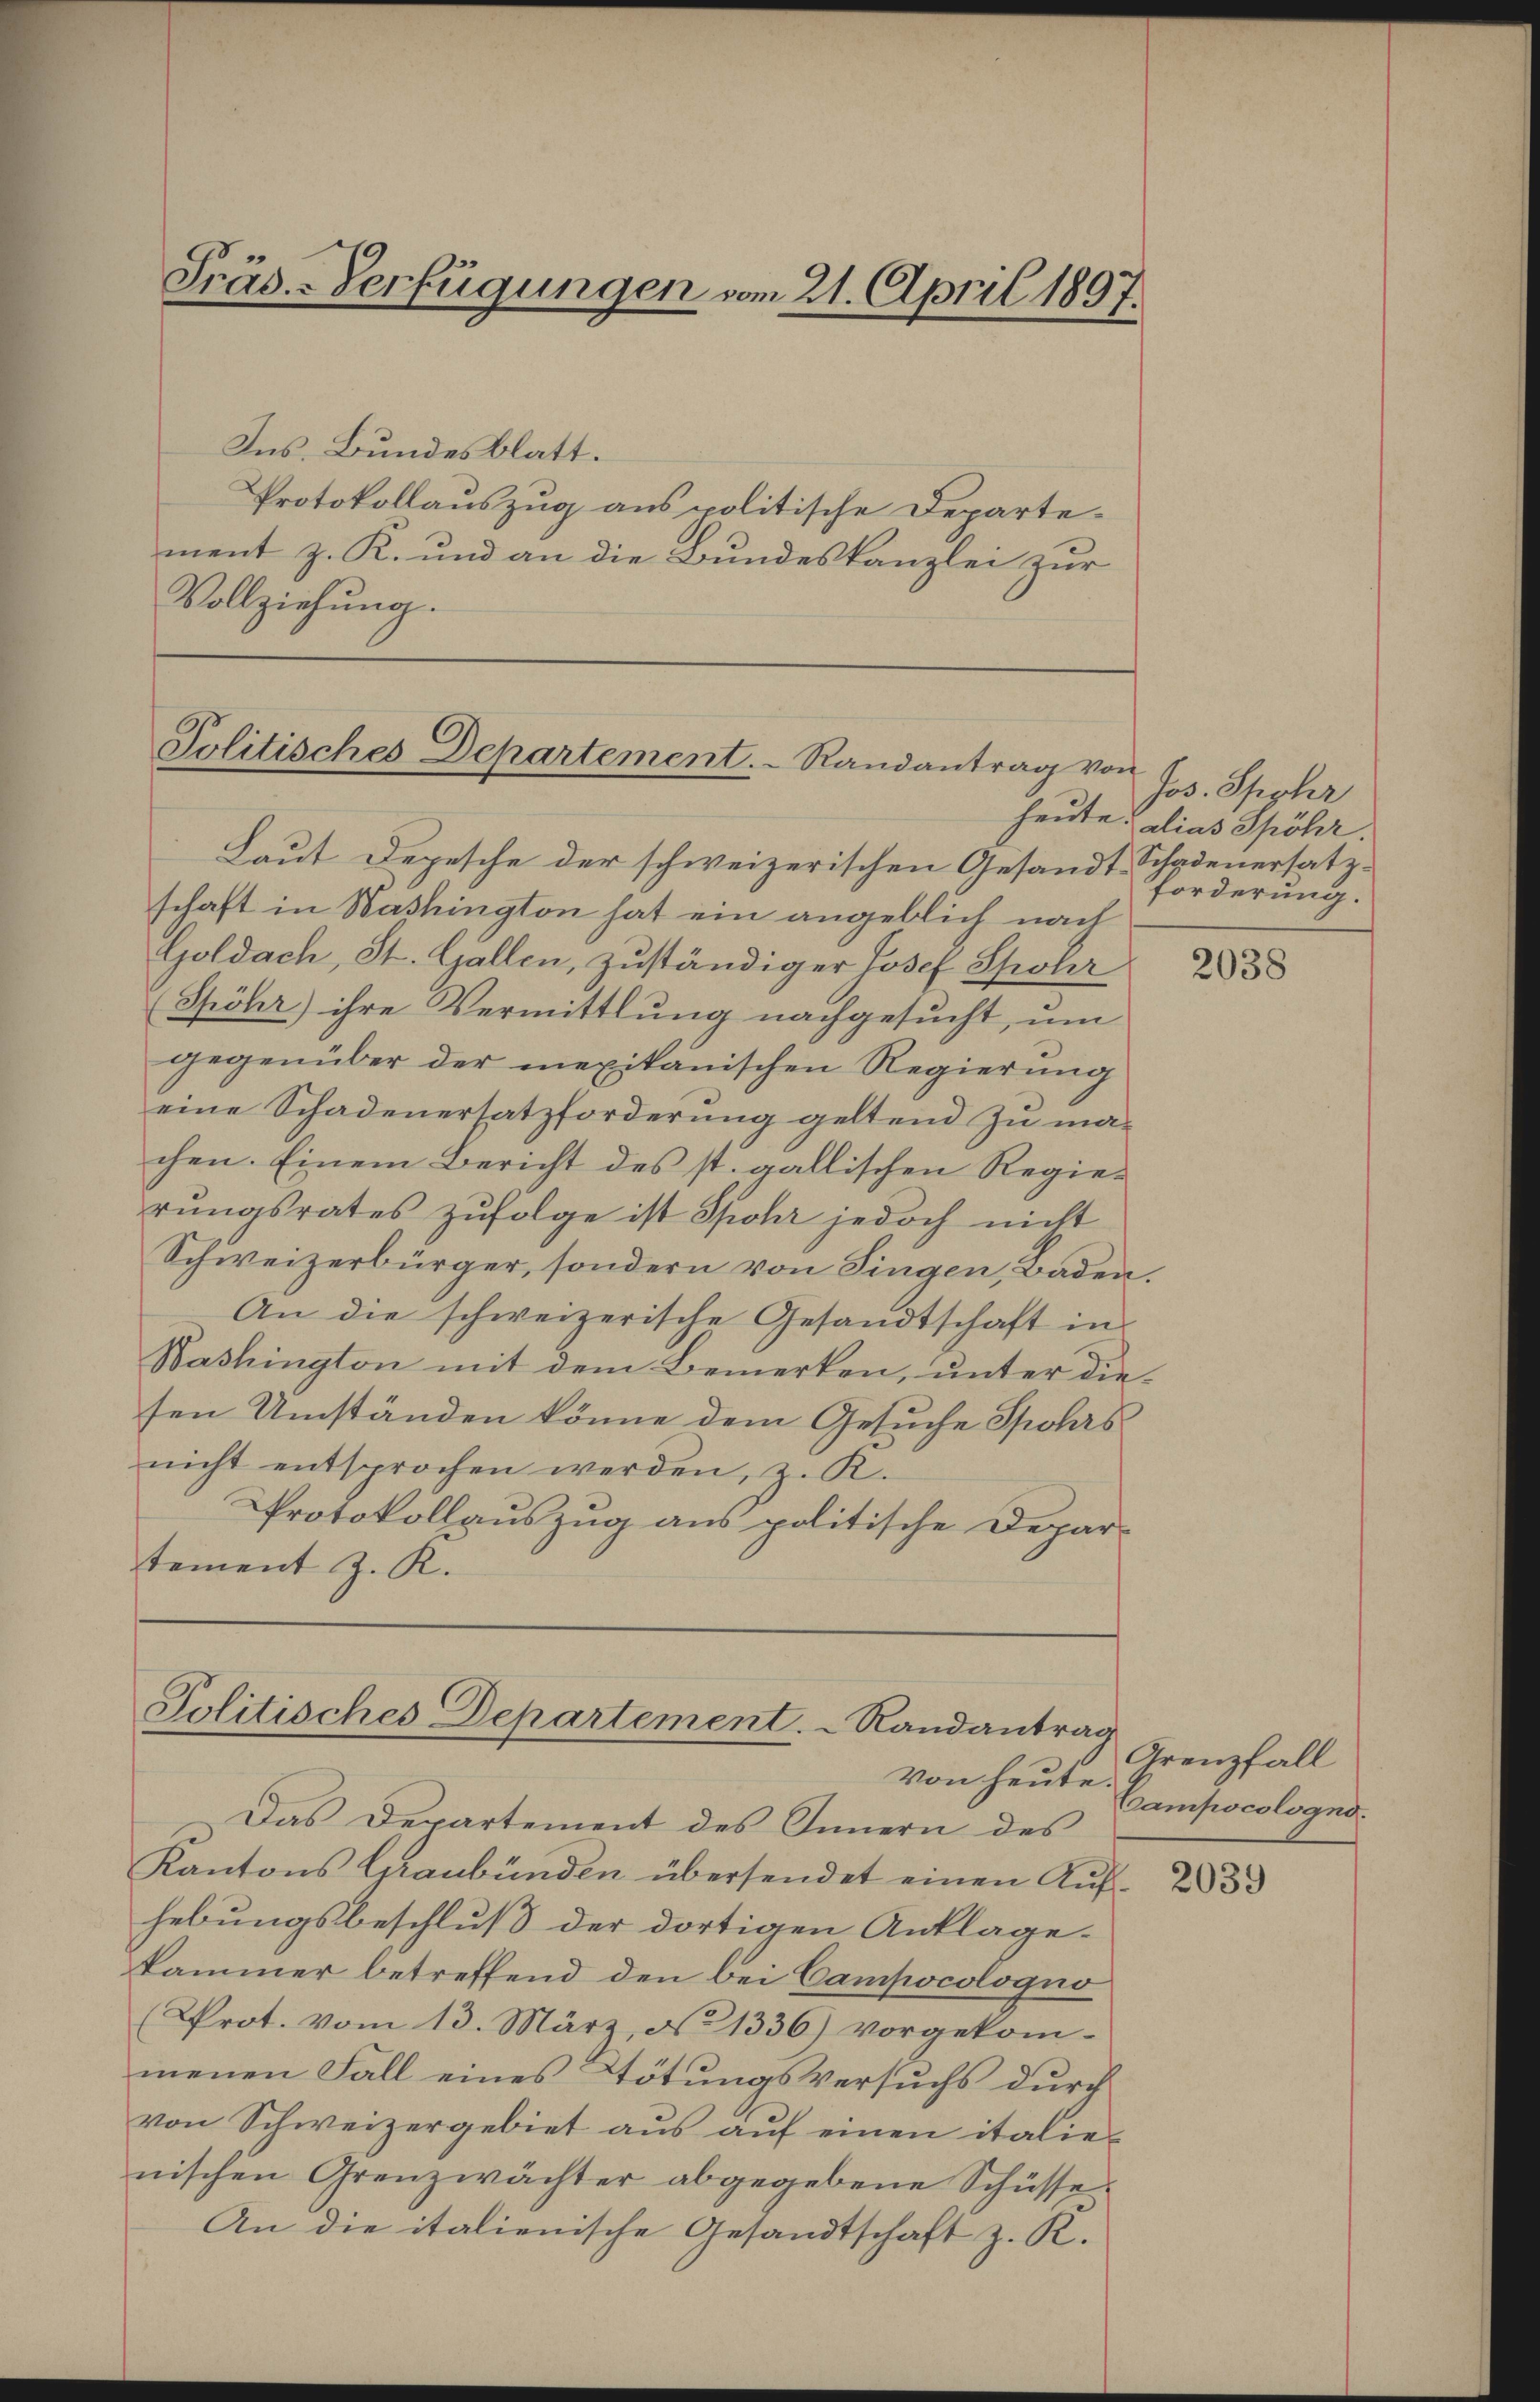
Präs.-Verfügungen vom 21. April 1897.

Ins Bundesblatt.
Protokollauszug aus politische Departement z. R. und an die Bundeskanzlei zur
Vollziehung.

Politisches Departement. Randantrag von

Politisches Departement.  Randantrag

Jos. Spohr
heute alias Spöhr.
Forderung.

Laut Depesche der schweizerischen Gesandt-Schadenersatzschaft in Washington hat ein angeblich nach
Goldach, St. Gallen, zuständiger Josef Spohr
Spöhr) ihre Vermittlung nachgesucht, um
gegenüber der mexikanischen Regierung
eine Schadenersatzforderung geltend zu machen. Einem Bericht des st. gallischen Regierŭngsrates zŭfolge ist Spohr jedoch nicht
Schweizerbürger, sondern von Singen, Baden,
An die schweizerische Gesandtschaft in
Washington mit dem Bemerken, unter diesen Umständen könne dem Gesuche Spohrs
nicht entsprochen werden, z. R.
Protokollauszug aus politische Depar-
tement J. R.

von heute.
Das Departement des Innern des
Kantons Graubünden übersendet einen Aufhebungsbeschluß der dortigen Anklage.
kammer betreffend den bei Campocologno
(Prot. vom 13. März, No 1336) vorgekom-
menen Fall eines Tötungsversuchs durch
von Schweizergebiet aŭs aŭf einen italie-
nischen Grenzwächter abgegebene Schüsse
An die italienische Gesandtschaft z. R.

2038

Grenzfall
Campocologne.

2039